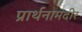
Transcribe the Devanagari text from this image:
प्रार्थनामंदीर